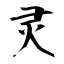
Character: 灵